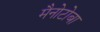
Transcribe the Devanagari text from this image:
मैनोटोबा